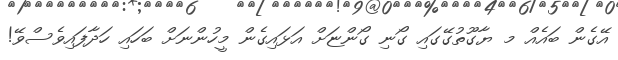
އޭގެން ބައެއް މ ޔާގޫތުގޭގައި ގޯނި ގޯންޏަށް އަޅައިގެން މީހުންނަށް ބަހައި ހަދާފައިވެސްވޭ!